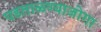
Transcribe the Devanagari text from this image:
पडताळण्याजोगा